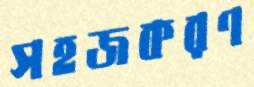
সহজকরণ